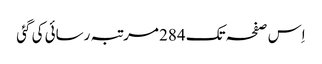
اِس صفحہ تک 284 مرتبہ رسائی کی گئی